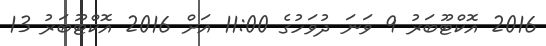
2016 އޮކްޓޫބަރު 9 ވަނަ ދުވަހުގެ 11:00 އަށް 2016 އޮކްޓޫބަރު 13